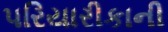
પરિયારીકાની